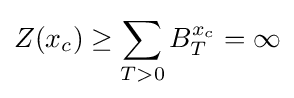
Z(x_{c})\geq \sum _{T>0}B_{T}^{x_{c}}=\infty